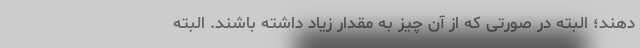
دهند؛ البته در صورتی که از آن چیز به مقدار زیاد داشته باشند. البته